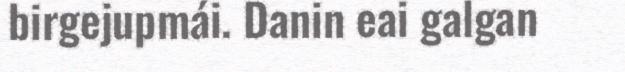
birgejupmái. Danin eai galgan